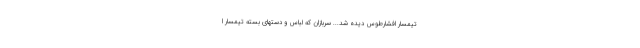
تیمسار افشارطوس دیده شد... سربازان که لباس و دستهای بسته تیمسار ا